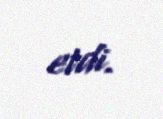
etdi.